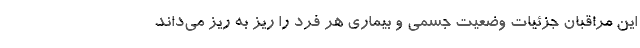
این مراقبان جزئیات وضعیت جسمی و بیماری هر فرد را ریز به ریز می‌داند